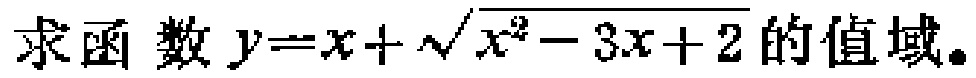
求函数\(y = x + \sqrt{x^{2} - 3x + 2}\)的值域。